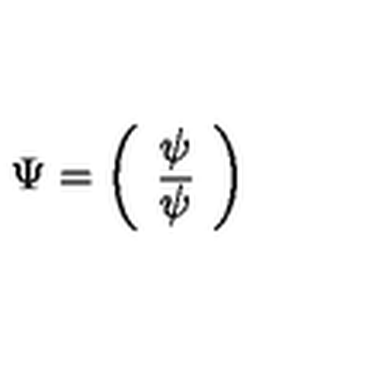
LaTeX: \Psi = \left( \begin{array} { c } { \psi } \\ { \overline { \psi } } \\ \end{array} \right)